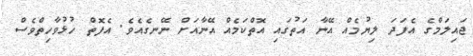
ޖައިލަމްގެ އެފަދަ ލިޔުމެއް އޭނާ އަތުގައި އޮތްކަމެއް އޭނާއަށް ނޭނގެއެވެ. އެފޮތް ހުޅުވާހިތްވެސް